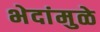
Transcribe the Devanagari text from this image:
भेदांमुळे